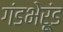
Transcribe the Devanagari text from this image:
गंडभेरूंड